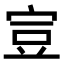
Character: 𧯜